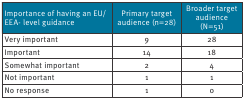
| Importance of having an EU/EEA- level guidance | Primary target audience (n=28) | Broader target audience (N=51) |
 | --- | --- | --- |
 | Very important | 9 | 28 |
 | Important | 14 | 18 |
 | Somewhat important | 2 | 4 |
 | Not important | 1 | 1 |
 | No response | 1 | 0 |